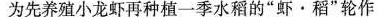
为先养殖小龙虾再种植一季水稻的”虾·稻”轮作